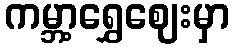
ကမ္ဘာ့ရွှေဈေးမှာ